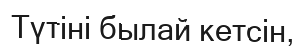
Түтіні былай кетсін,